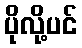
ပိုလို့ပင်